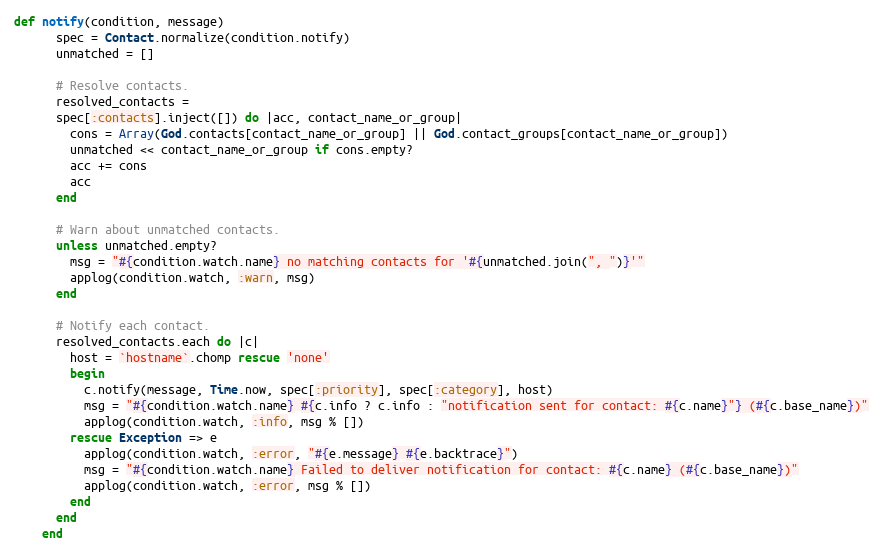
Language: Ruby
def notify(condition, message)
      spec = Contact.normalize(condition.notify)
      unmatched = []

      # Resolve contacts.
      resolved_contacts =
      spec[:contacts].inject([]) do |acc, contact_name_or_group|
        cons = Array(God.contacts[contact_name_or_group] || God.contact_groups[contact_name_or_group])
        unmatched << contact_name_or_group if cons.empty?
        acc += cons
        acc
      end

      # Warn about unmatched contacts.
      unless unmatched.empty?
        msg = "#{condition.watch.name} no matching contacts for '#{unmatched.join(", ")}'"
        applog(condition.watch, :warn, msg)
      end

      # Notify each contact.
      resolved_contacts.each do |c|
        host = `hostname`.chomp rescue 'none'
        begin
          c.notify(message, Time.now, spec[:priority], spec[:category], host)
          msg = "#{condition.watch.name} #{c.info ? c.info : "notification sent for contact: #{c.name}"} (#{c.base_name})"
          applog(condition.watch, :info, msg % [])
        rescue Exception => e
          applog(condition.watch, :error, "#{e.message} #{e.backtrace}")
          msg = "#{condition.watch.name} Failed to deliver notification for contact: #{c.name} (#{c.base_name})"
          applog(condition.watch, :error, msg % [])
        end
      end
    end